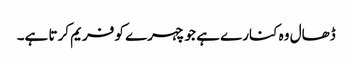
ڈھال وہ کنارے ہے جو چہرے کو فریم کرتا ہے۔